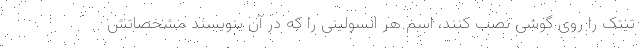
تیتک را روی گوشی نصب کنند، اسم هر انسولینی را که در آن بنویسند مشخصاتش